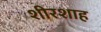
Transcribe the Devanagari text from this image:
शीरशाह